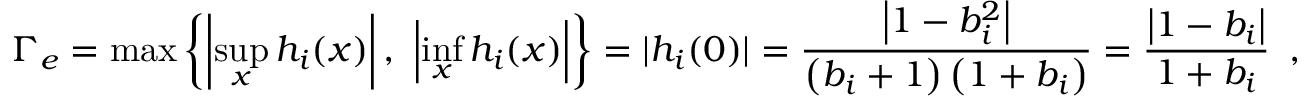
\Gamma _ { e } = \operatorname* { m a x } \left\{ \left| \operatorname* { s u p } _ { x } h _ { i } ( x ) \right| , \ \left| \operatorname* { i n f } _ { x } h _ { i } ( x ) \right| \right\} = | h _ { i } ( 0 ) | = \frac { \left| 1 - b _ { i } ^ { 2 } \right| } { \left( b _ { i } + 1 \right) \left( 1 + b _ { i } \right) } = \frac { \left| 1 - b _ { i } \right| } { 1 + b _ { i } } \enspace ,